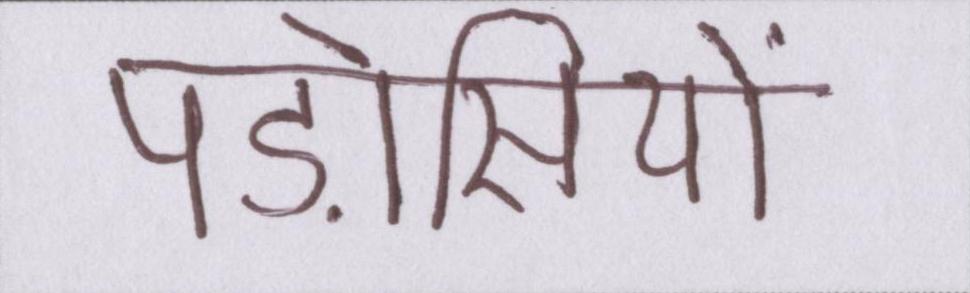
पड़ोसियों